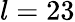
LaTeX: l=23